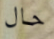
حال